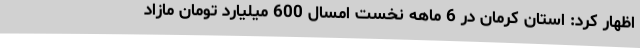
اظهار کرد: استان کرمان در 6 ماهه نخست امسال 600 میلیارد تومان مازاد